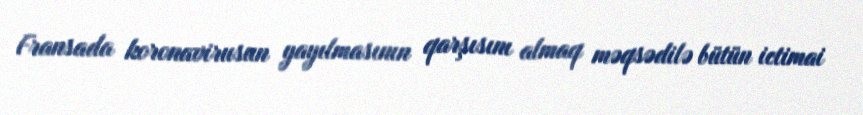
Fransada koronavirusun yayılmasının qarşısını almaq məqsədilə bütün ictimai